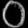
Digit: ၀